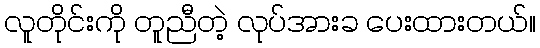
လူတိုင်းကို တူညီတဲ့ လုပ်အားခ ပေးထားတယ်။